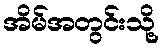
အိမ်အတွင်းသို့